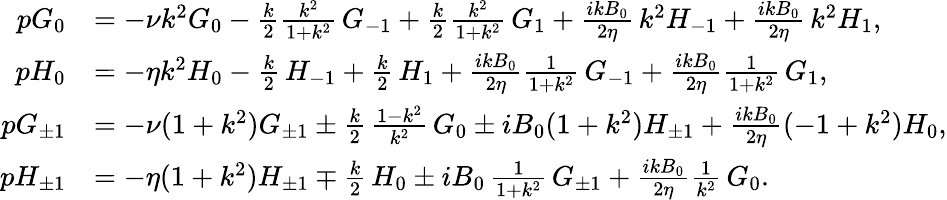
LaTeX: \begin{array}{rl}{pG_{0}}&{=-\nu k^{2}G_{0}-\frac{k}{2}\frac{k^{2}}{1+k^{2}}\, G_{-1}+\frac{k}{2}\frac{k^{2}}{1+k^{2}}\, G_{1}+\frac{ikB_{0}}{2\eta}\, k^{2}H_{-1}+\frac{ikB_{0}}{2\eta}\, k^{2}H_{1},}\\ {pH_{0}}&{=-\eta k^{2}H_{0}-\frac{k}{2}\, H_{-1}+\frac{k}{2}\, H_{1}+\frac{ikB_{0}}{2\eta}\frac{1}{1+k^{2}}\, G_{-1}+\frac{ikB_{0}}{2\eta}\frac{1}{1+k^{2}}\, G_{1},}\\ {pG_{\pm 1}}&{=-\nu(1+k^{2})G_{\pm 1}\pm\frac{k}{2}\, \frac{1-k^{2}}{k^{2}}\, G_{0}\pm iB_{0}(1+k^{2})H_{\pm 1}+\frac{ikB_{0}}{2\eta}(-1+k^{2})H_{0},}\\ {pH_{\pm 1}}&{=-\eta(1+k^{2})H_{\pm 1}\mp\frac{k}{2}\, H_{0}\pm iB_{0}\, \frac{1}{1+k^{2}}\, G_{\pm 1}+\frac{ikB_{0}}{2\eta}\frac{1}{k^{2}}\, G_{0}.}\end{array}